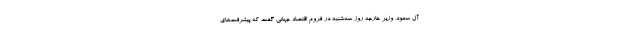
آل سعود، وزیر خارجه روز سه‌شنبه در فروم اقتصاد جهانی گفت که پیشرفت‌های